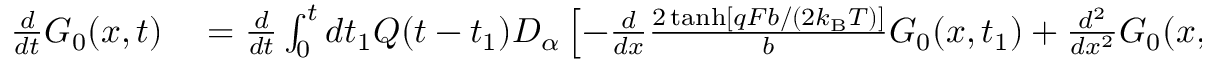
\begin{array} { r l } { \frac { d } { d t } G _ { 0 } ( x , t ) } & { { } = \frac { d } { d t } \int _ { 0 } ^ { t } d t _ { 1 } Q ( t - t _ { 1 } ) D _ { \alpha } \left[ - \frac { d } { d x } \frac { 2 \operatorname { t a n h } [ q F b / ( 2 k _ { \mathrm { B } } T ) ] } { b } G _ { 0 } ( x , t _ { 1 } ) + \frac { d ^ { 2 } } { d x ^ { 2 } } G _ { 0 } ( x , t _ { 1 } ) \right] , } \end{array}